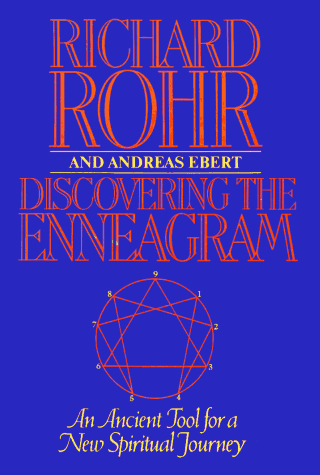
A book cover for Discovering The Enneagram: An Ancient Tool a New Spiritual Journey; Richard Rohr; Self-Help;